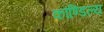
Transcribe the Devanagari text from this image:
कौण्डिल्य